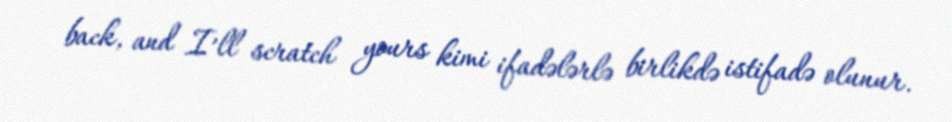
back, and I’ll scratch yours kimi ifadələrlə birlikdə istifadə olunur.